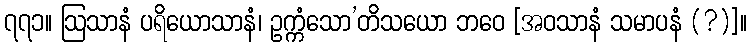
၇၇၁။ ဩသာနံ ပရိယောသာနံ၊ ဥက္ကံသော’တိသယော ဘဝေ [အဝသာနံ သမာပနံ (?)]။